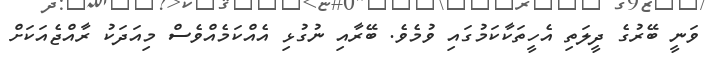
ވަނީ ބޭރުގެ ދީލަތި އެހީތަކާކަމުގައި ވުމެވެ. ބޭރާއި ނުގުޅި އެއްކަމެއްވެސް މިއަދަކު ރާއްޖެއަކަށް